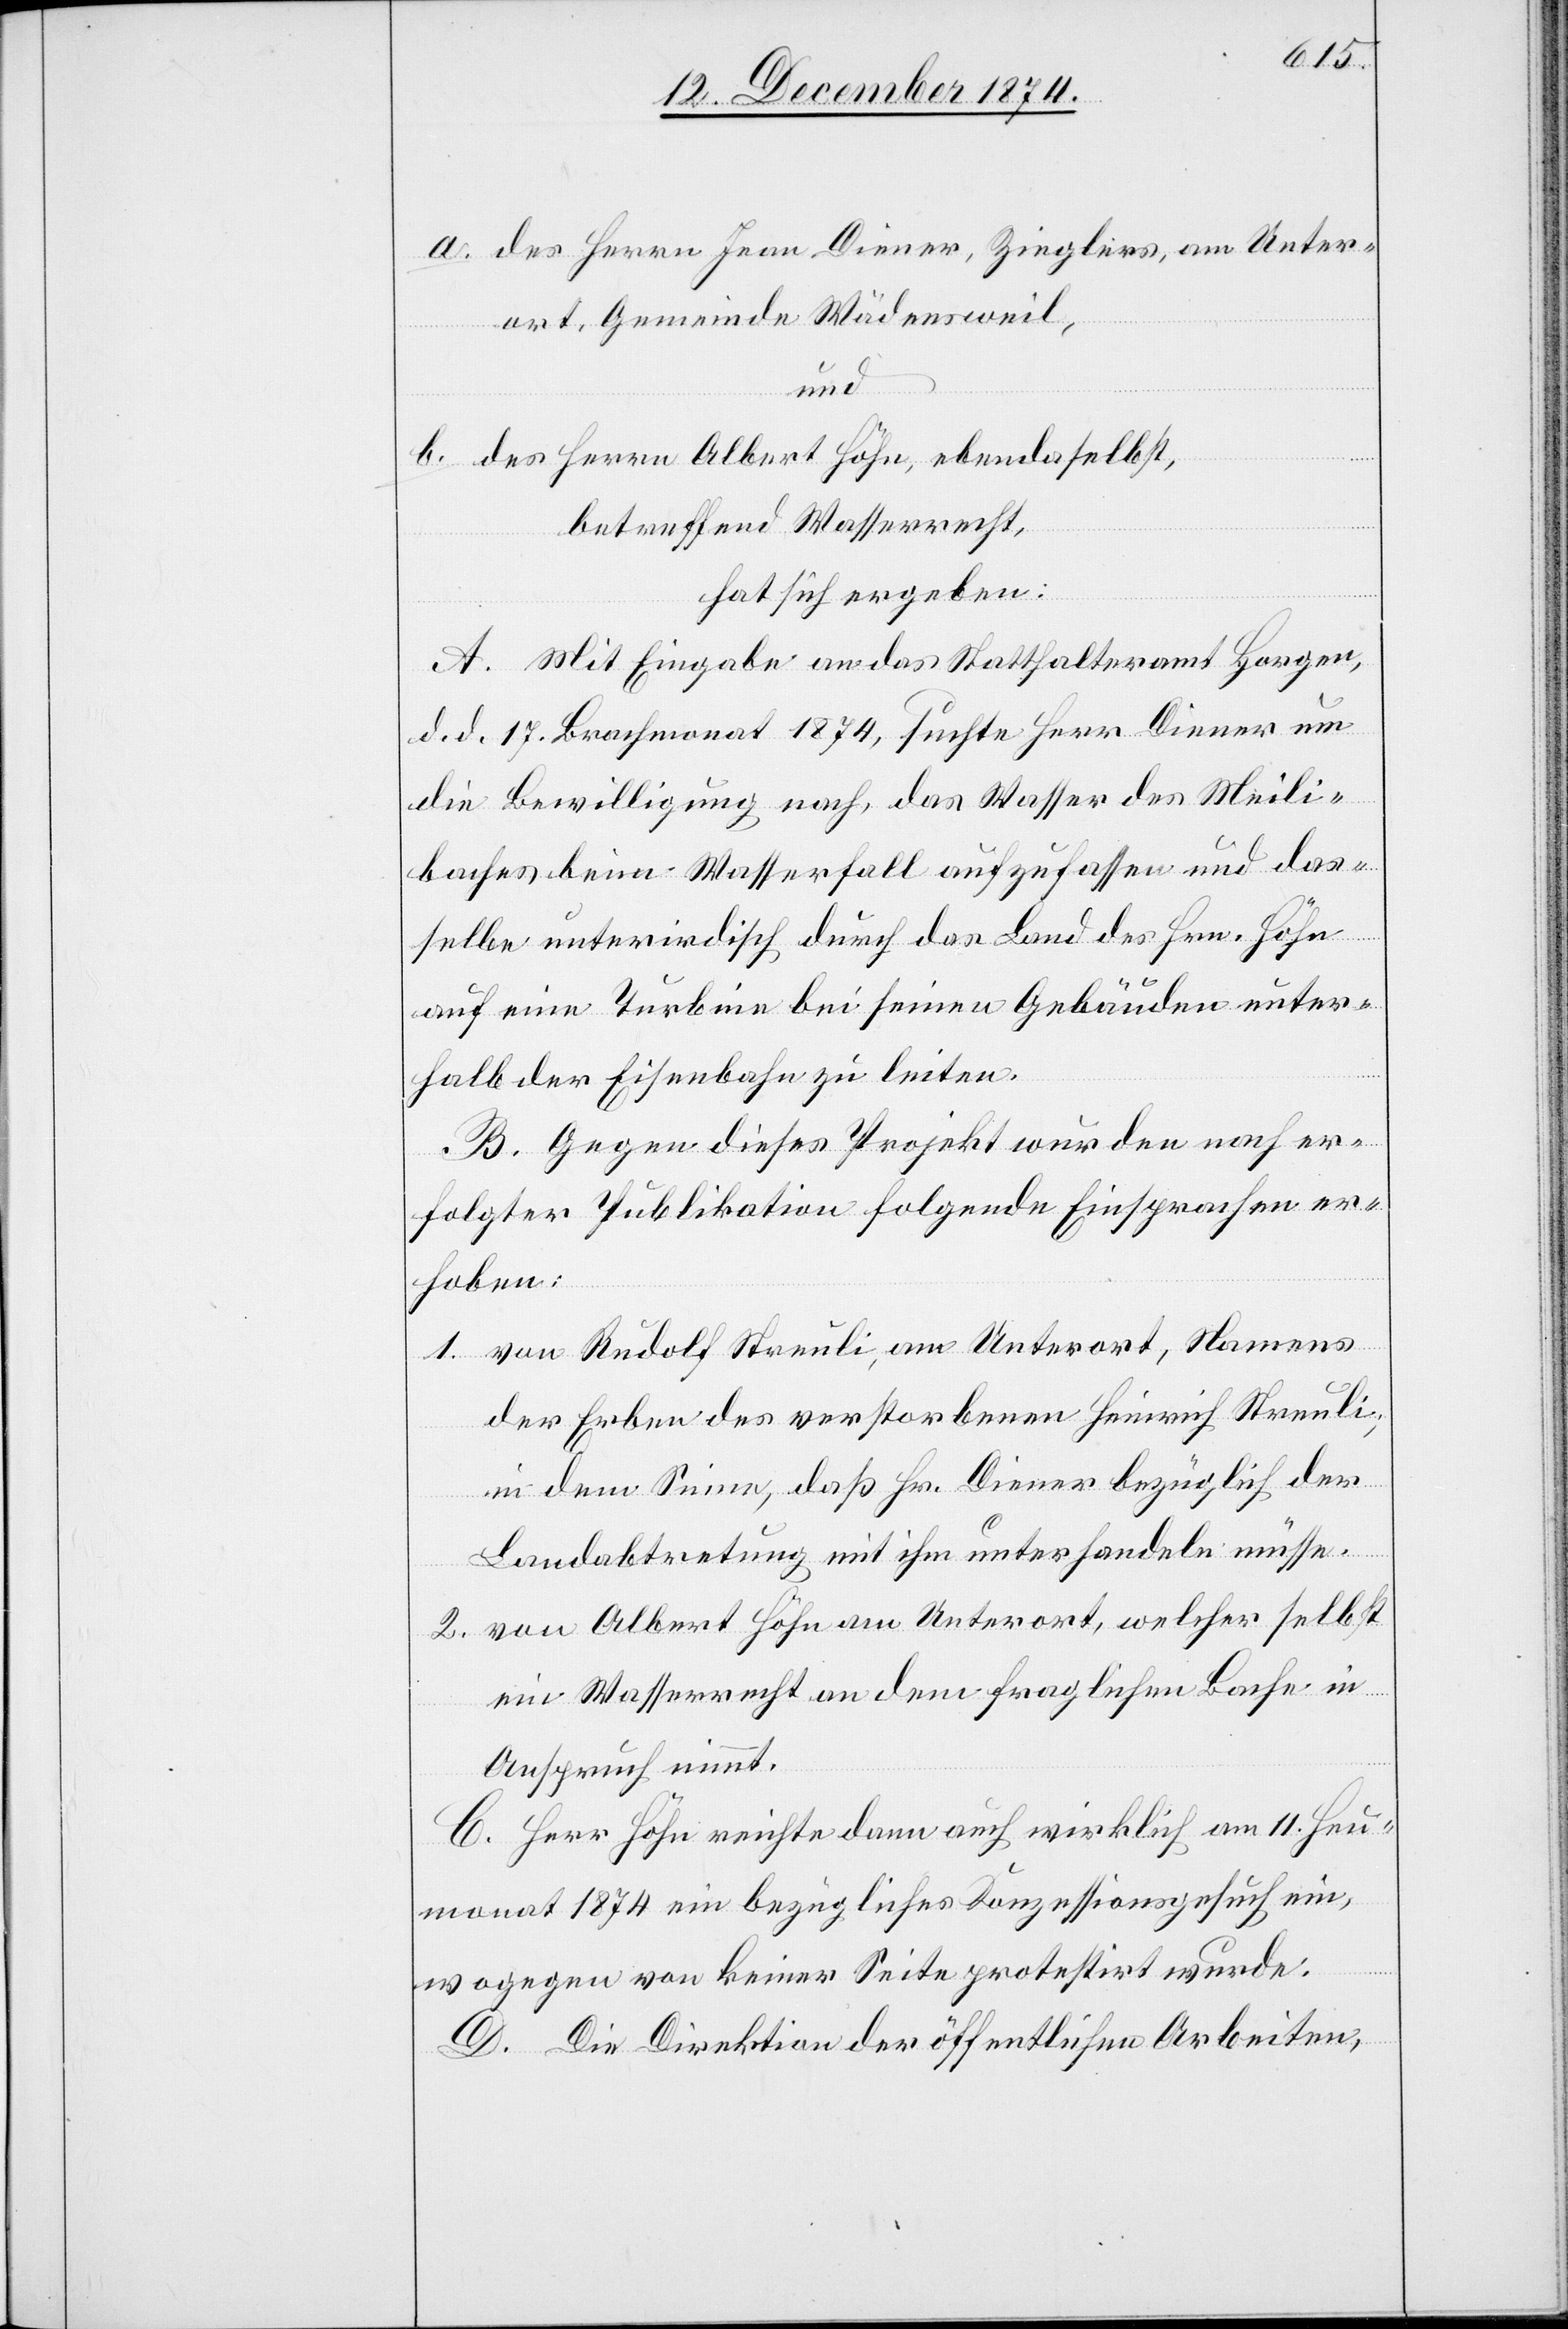
a. des Herrn Jean Diener, Zieglers, am Unter¬
ort, Gemeinde Wädensweil,
und
b. des Herrn Albert Höhn, ebendaselbst,
betreffend Wasserrecht,
hat sich ergeben:
A. Mit Eingabe an das Statthalteramt Horgen,
d. d. 17. Brachmonat 1874, suchte Herr Diener um
die Bewilligung nach, das Wasser des Meili¬
baches beim Wasserfall aufzufassen und das¬
selbe unterirdisch durch das Land des Hrn. Höhn
auf eine Turbine bei seinen Gebäuden unter¬
halb der Eisenbahn zu leiten.
B. Gegen dieses Projekt wurden nach er¬
folgter Publikation folgende Einsprach er¬
hoben:
1. von Rudolf Streuli, am Unterort, Namens
der Erben des verstorbenen Heinrich Streuli,
in dem Sinne, daß Hr. Diener bezüglich der
Landabtretung mit ihm unterhandeln müsse.
2. von Albert Höhn am Unterort, welcher selbst
ein Wasserrecht an dem fraglichen Bache in
Anspruch nimmt.
C. Herr Höhn reicht dann auch wirklich am 11. Heu¬
monat 1874 ein bezügliches Konzessionsgesuch ein,
wogegen von keiner Seite protestirt wurde.
D. Die Direktion der öffentlichen Arbeiten,